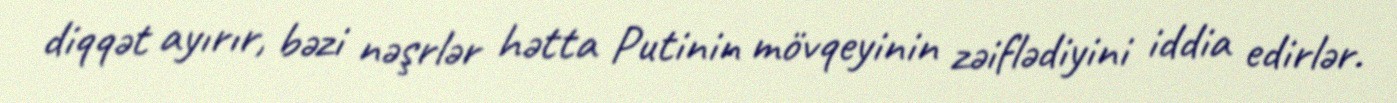
diqqət ayırır, bəzi nəşrlər hətta Putinin mövqeyinin zəiflədiyini iddia edirlər.